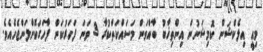
މިއީ އިލެކްޝަން ކޮމިޝަނުން އިންތިޚާބު ބާއްވަން މަސައްކަތްކުރާ 3 ވަނަ ފަހަރުކަން ފާހަގަކޮށްލަންޖެހެއެވެ.